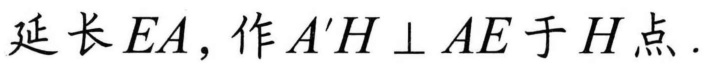
延长\(EA\)，作\(A'H\perp AE\)于\(H\)点.